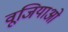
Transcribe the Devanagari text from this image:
वूजियाओ